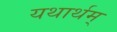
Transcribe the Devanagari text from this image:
यथार्थम्